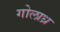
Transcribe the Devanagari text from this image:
गोलाध्र